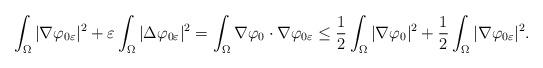
LaTeX: \begin{align*} \int_{\Omega} |\nabla \varphi_{0\varepsilon}|^2 + \varepsilon \int_{\Omega} |\Delta \varphi_{0\varepsilon}|^2 = \int_{\Omega} \nabla \varphi_0 \cdot \nabla \varphi_{0\varepsilon} \leq \frac{1}{2} \int_{\Omega} | \nabla \varphi_0|^2 + \frac{1}{2} \int_{\Omega} | \nabla \varphi_{0\varepsilon}|^2.\end{align*}